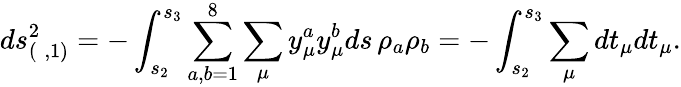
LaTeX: ds_{(\; ,1)}^{2}=-\int_{s_{2}}^{s_{3}}\sum_{a,b=1}^{8}\sum_{\mu}{y}_{\mu}^{a}{y}_{\mu}^{b}ds\, \rho_{a}\rho_{b}=-\int_{s_{2}}^{s_{3}}\sum_{\mu}d{t}_{\mu}d{t}_{\mu}.